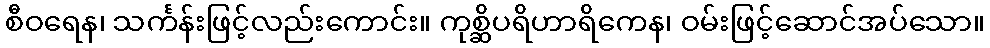
စီဝရေန၊ သင်္ကန်းဖြင့်လည်းကောင်း။ ကုစ္ဆိပရိဟာရိကေန၊ ဝမ်းဖြင့်ဆောင်အပ်သော။